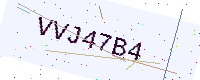
Text: VVJ47B4